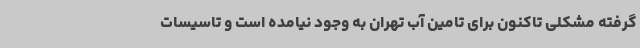
گرفته مشکلی تاکنون برای تامین آب تهران به وجود نیامده است و تاسیسات